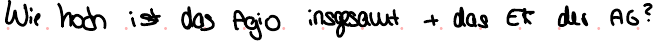
Wie hoch ist das Agio insgesamt + das EK der AG?